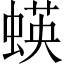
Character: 蝧